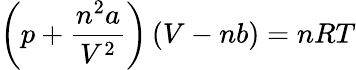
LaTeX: \left(p+{\frac{n^{2}a}{V^{2}}}\right)\left(V-nb\right)=nRT